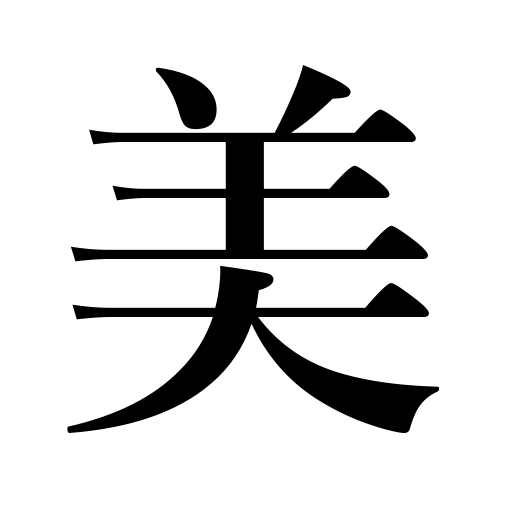
Meanings: beautiful,charm,grace,good-looking,beauty,picturesque,fine,pure,lovely,sweet voice,noble